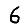
Digit: 6